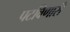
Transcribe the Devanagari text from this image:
पटविणारी